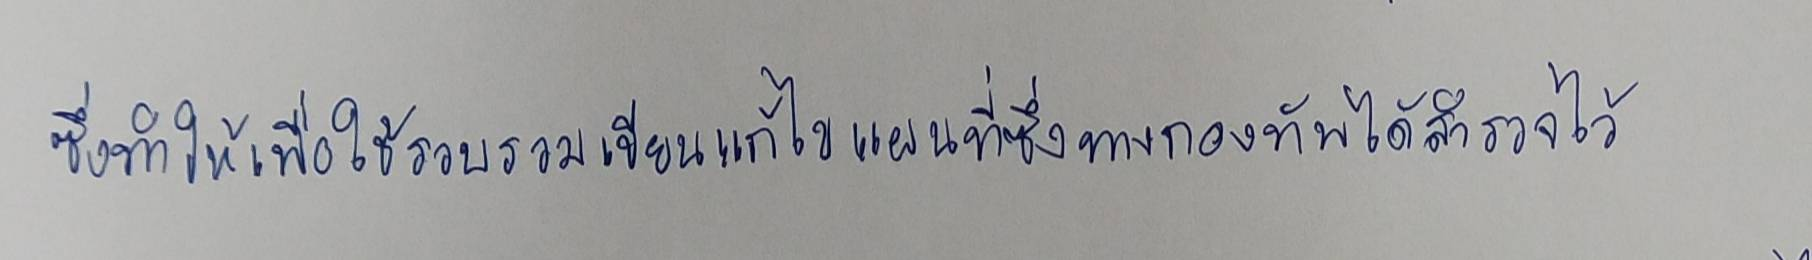
ซึ่งทำให้เพื่อใช้รวบรวมเขียนแก้ไขแผนที่ซึ่งทางกองทัพได้สำรวจไว้